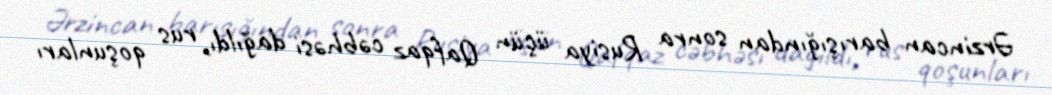
Ərzincan barışığından sonra Rusiya üçün Qafqaz cəbhəsi dağıldı, rus qoşunları